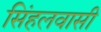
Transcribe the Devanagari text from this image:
सिंहलवासी